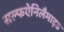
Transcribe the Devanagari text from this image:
सल्फऐनिलैमाइड